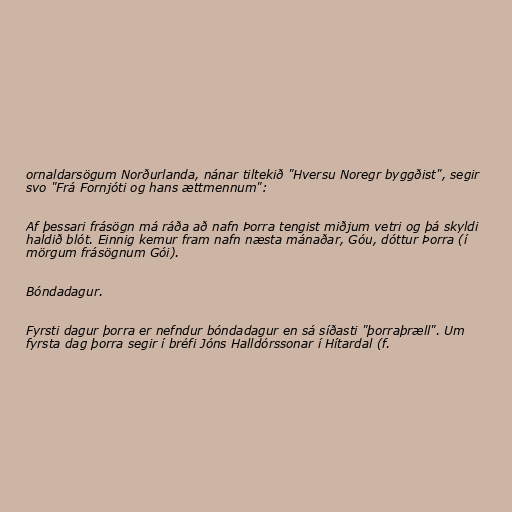
ornaldarsögum Norðurlanda, nánar tiltekið "Hversu Noregr byggðist", segir
svo "Frá Fornjóti og hans ættmennum":

Af þessari frásögn má ráða að nafn Þorra tengist miðjum vetri og þá skyldi
haldið blót. Einnig kemur fram nafn næsta mánaðar, Góu, dóttur Þorra (í
mörgum frásögnum Gói).

Bóndadagur.

Fyrsti dagur þorra er nefndur bóndadagur en sá síðasti "þorraþræll". Um
fyrsta dag þorra segir í bréfi Jóns Halldórssonar í Hítardal (f.